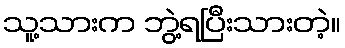
သူ့သားက ဘွဲ့ရပြီးသားတဲ့။